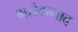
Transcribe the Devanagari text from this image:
मरोदागाद